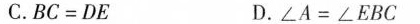
C. BC = DE D. \angle A = \angle EBC